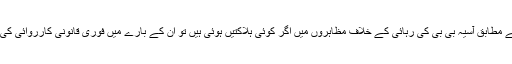
معاہدے کے مطابق آسیہ بی بی کی رہائی کے خلاف مظاہروں میں اگر کوئی ہلاکتیں ہوئی ہیں تو ان کے بارے میں فوری قانونی کارروائی کی جائے گی۔